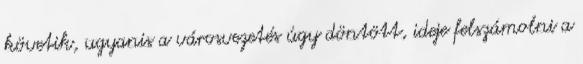
követik, ugyanis a városvezetés úgy döntött, ideje felszámolni a